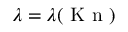
\lambda = \lambda ( \textrm { K n } )